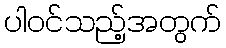
ပါဝင်သည့်အတွက်